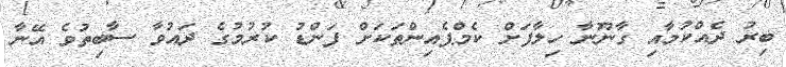
ބިރު ދެއްކުމާއި ގާނޫނާ ހިލާފަށް ކެމްޕެއިންތަކަށް ފަންޑު ކުރުމުގެ ދައުވާ ސާބިތުވެ އޭނާ